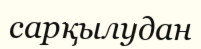
сарқылудан